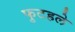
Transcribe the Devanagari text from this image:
फुटहले